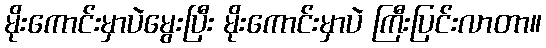
မိုးကောင်းမှာပဲမွေးပြီး မိုးကောင်းမှာပဲ ကြီးပြင်းလာတာ။